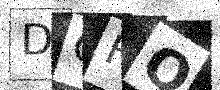
Text: DQFQ